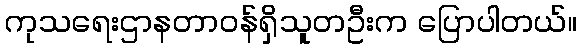
ကုသရေးဌာနတာဝန်ရှိသူတဦးက ပြောပါတယ်။